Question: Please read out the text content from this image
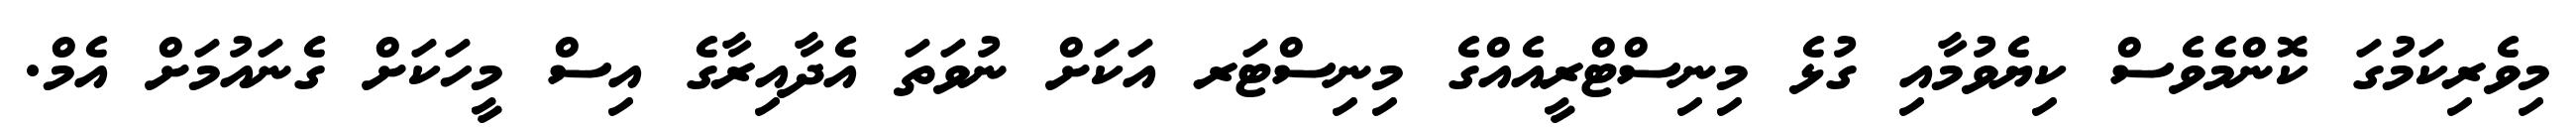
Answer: މިވެރިކަމުގަ ކޮންމެވެސް ކިޔެވުމާއި ގުޅެ މިނިސްޓްރީއެއްގެ މިނިސްޓަރ އަކަށް ނުވަތަ އެދާއިރާގެ އިސް މީހަކަށް ގެނައުމަށް އެމް.